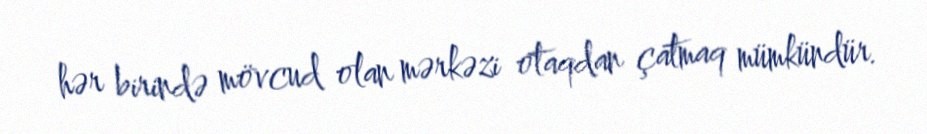
hər birində mövcud olan mərkəzi otaqdan çatmaq mümkündür.